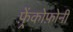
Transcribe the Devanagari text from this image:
फ़्रेंकोफ़ोनी